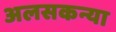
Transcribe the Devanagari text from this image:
अलसकन्या